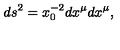
d s ^ { 2 } = x _ { 0 } ^ { - 2 } d x ^ { \mu } d x ^ { \mu } ,